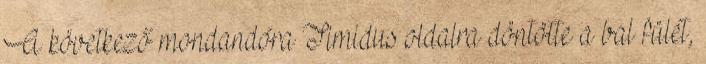
A következő mondandóra Timidus oldalra döntötte a bal fülét,